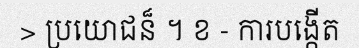
> ប្រយោជន៏ ។ ខ - ការបង្កើត